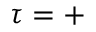
\tau = +